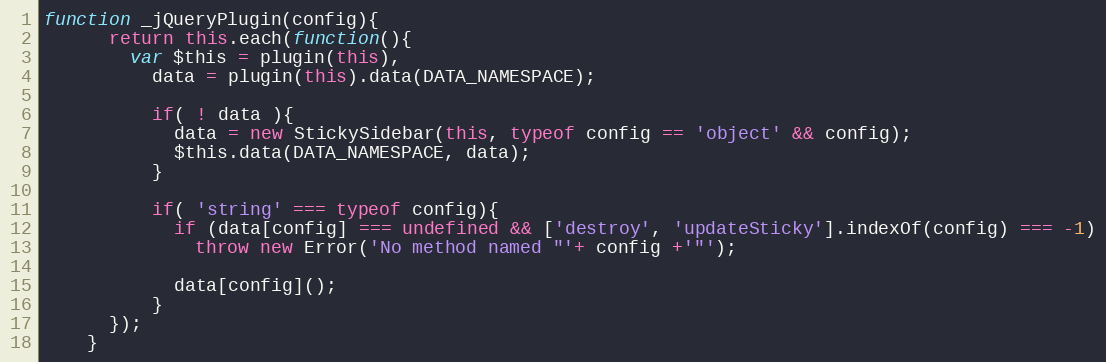
Language: JavaScript
function _jQueryPlugin(config){
      return this.each(function(){
        var $this = plugin(this),
          data = plugin(this).data(DATA_NAMESPACE);

          if( ! data ){
            data = new StickySidebar(this, typeof config == 'object' && config);
            $this.data(DATA_NAMESPACE, data);
          }

          if( 'string' === typeof config){
            if (data[config] === undefined && ['destroy', 'updateSticky'].indexOf(config) === -1)
              throw new Error('No method named "'+ config +'"');

            data[config]();
          }
      });
    }